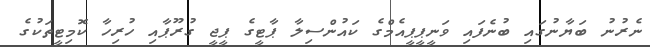
ނެރުނު ބަޔާނުގައި ބުނެފައި ވަނީޕީޕީއެމްގެ ކައުންސިލާ ޕާޓީގެ ޕީޖީ ގުރޫޕާއި ހުރިހާ ކޮމިޓީތަކުގެ